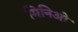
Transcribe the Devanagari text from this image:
मिनिओ